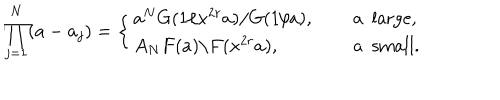
\prod _ { j = 1 } ^ { N } ( a - a _ { j } ) = \left\{ \begin{array} { l l } { { a ^ { N } G ( 1 / x ^ { 2 r } a ) / G ( 1 / a ) , } } & { { \quad \mathrm { ~ a ~ l a r g e } , } } \\ { { A _ { N } F ( a ) / F ( x ^ { 2 r } a ) , } } & { { \quad \mathrm { ~ a ~ s m a l l } . } } \\ \end{array} \right.